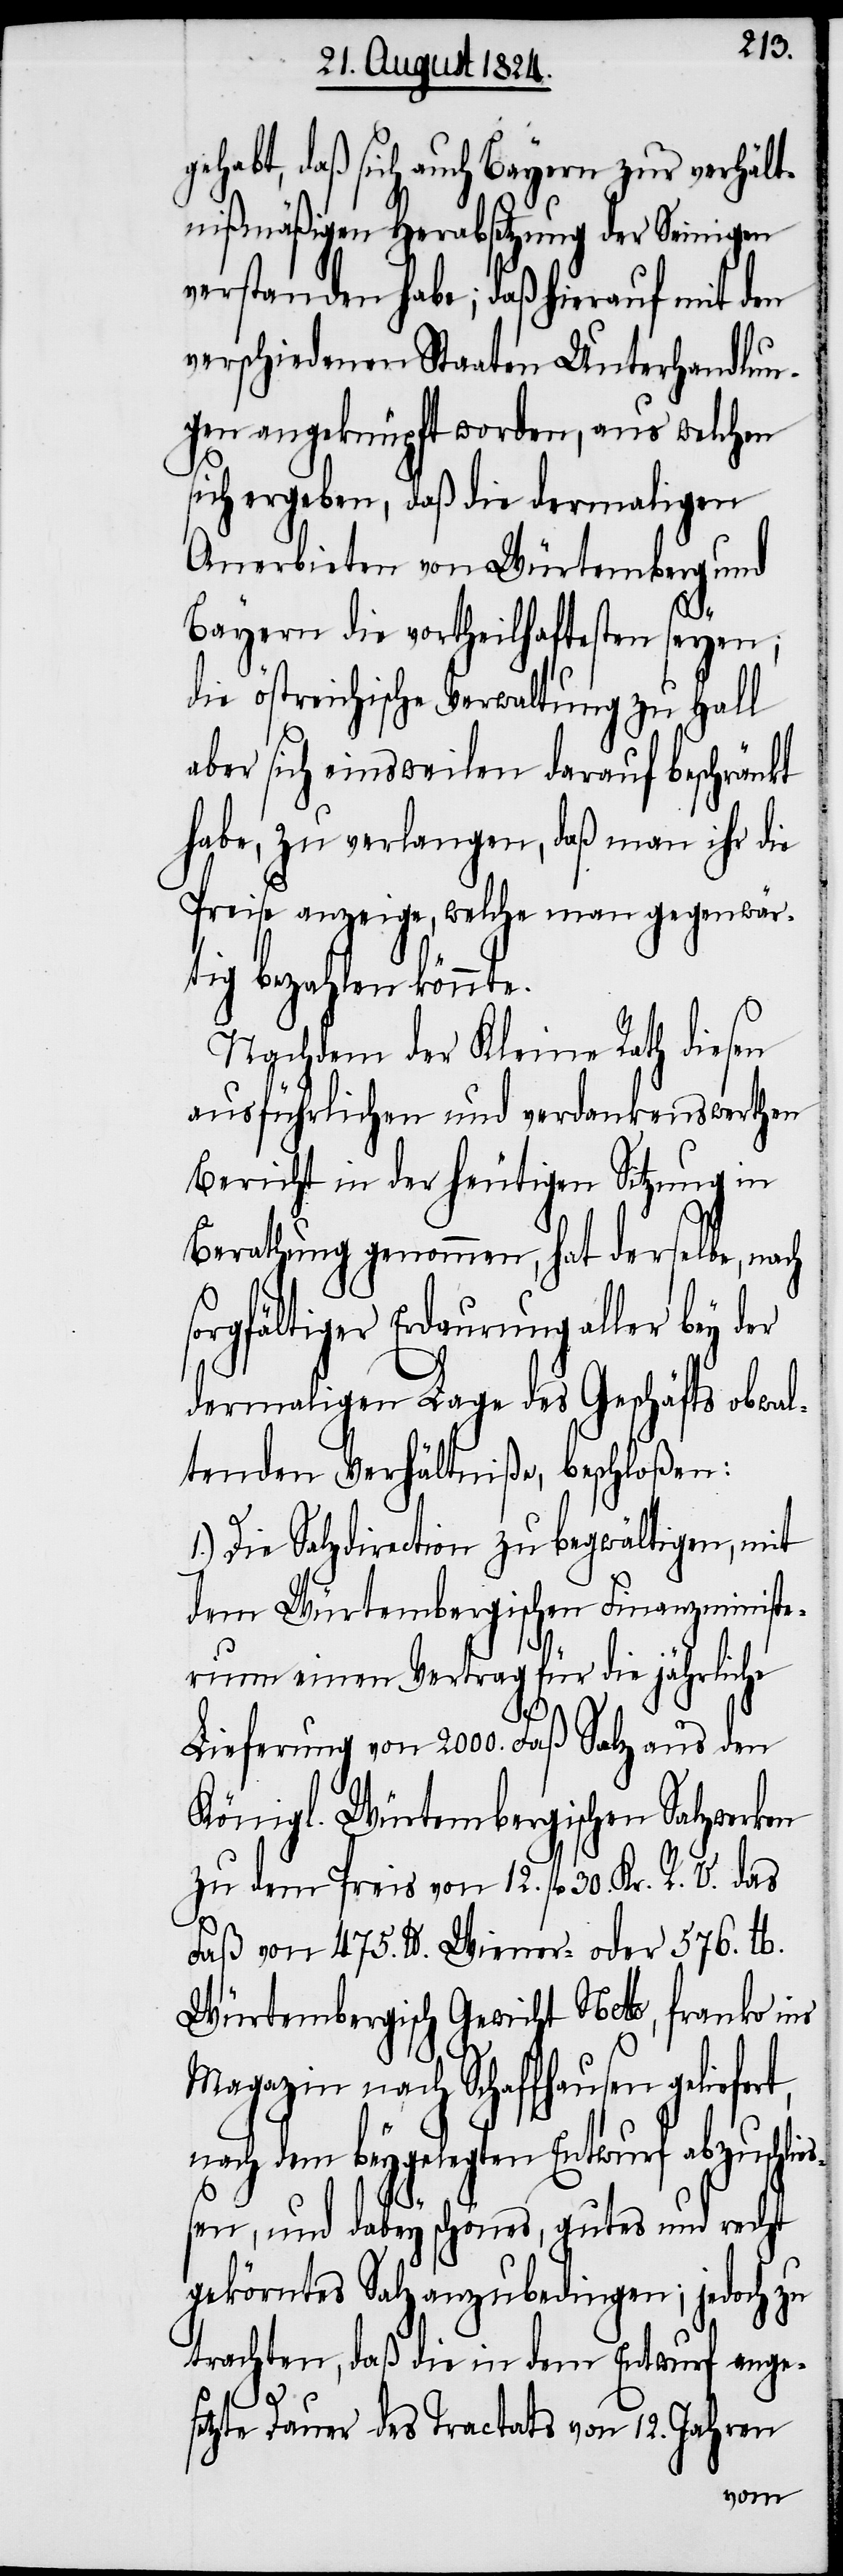
gehabt, daß sich auch Bayern zur verhält¬
nißmäßigen Herabsetzung der Seinigen
verstanden habe; daß hierauf mit den
verschiedenen Staaten Unterhandlun¬
gen angeknüpft worden, aus welchen
sich ergeben, daß die dermaligen
Anerbieten von Würtemberg und
t,
Bayern die vortheilhaftesten seyen;
die östreichische Verwaltung zu Hall
aber sich einsweilen darauf beschränkt
habe, zu verlangen, daß man ihr die
Preise anzeige, welche man gegenwär¬
tig bezahlen könnte.
Nachdem der Kleine Rath diesen
ausführlichen und verdankenswerthen
Bericht in der heutigen Sitzung in
Berathung genommen, hat derselbe, nach
sorgfältiger Erdaurung aller bey der
dermaligen Lage des Geschäfts obwal¬
tenden Verhältniße, beschloßen:
1.) Die Salzdirection zu begwältigen, mit
dem Würtembergischen Finanzministe¬
rium einen Vertrag für die jährliche
Lieferung von 2000. Faß Salz aus den
Königl. Würtembergischen Salzwerken
zu dem Preis von 12. fl 30. Kr. R. V. das
Faß von 475. lb. Wiener- oder 576. lb.
Würtembergisch Gewicht Netto, franko ins
Magazin nach Schaffhausen geliefer¬
nach dem beygelegten Entwurf abzuschlie¬
ßen, und dabey schönes, gutes und recht
gekörntes Salz anzubedingen; jedoch zu
trachten, daß die in dem Entwurf ange¬
setzte Dauer des Tractats von 12. Jahren